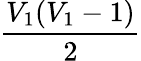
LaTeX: \frac{V_{1}(V_{1}-1)}{2}